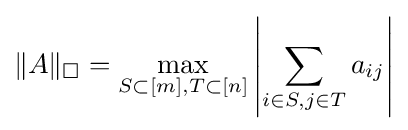
\|A\|_{\square }=\max _{S\subset [m],T\subset [n]}\left|\sum _{i\in S,j\in T}a_{ij}\right|